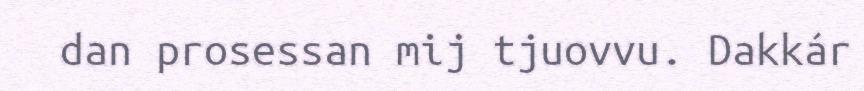
dan prosessan mij tjuovvu. Dakkár